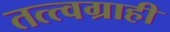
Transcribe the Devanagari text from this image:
तत्त्वग्राही